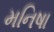
મનિષા